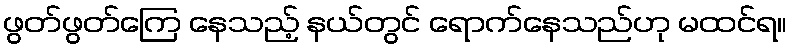
ဖွတ်ဖွတ်ကြေ နေသည့် နယ်တွင် ရောက်နေသည်ဟု မထင်ရ။